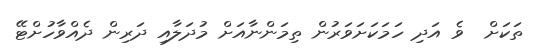
ތަކަށް  ވެ އަދި ހަމަކަށަވަރުން ތިމަންނާއަށް މުދަލާއި ދަރިން ދެއްވާހުށްޓޭ